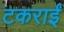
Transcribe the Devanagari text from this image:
टकराईं